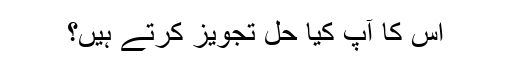
اس کا آپ کیا حل تجویز کرتے ہیں؟